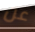
عن